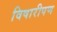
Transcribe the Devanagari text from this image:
विषारीपण